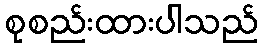
စုစည်းထားပါသည်